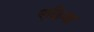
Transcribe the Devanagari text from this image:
एछिया